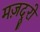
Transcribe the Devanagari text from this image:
मज़दूरो